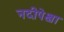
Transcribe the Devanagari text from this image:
नदीपेक्षा